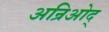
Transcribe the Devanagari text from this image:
अन्रिओद्